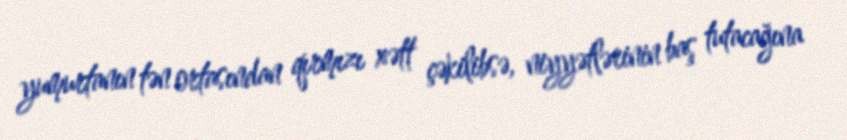
yumurtanın tən ortasından qırmızı xətt çəkilibsə, niyyətlərinin baş tutacağına